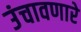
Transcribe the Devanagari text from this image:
उंचावणारे